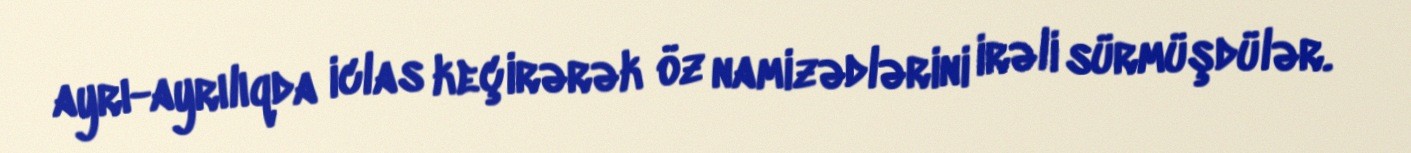
ayrı-ayrılıqda iclas keçirərək öz namizədlərini irəli sürmüşdülər.